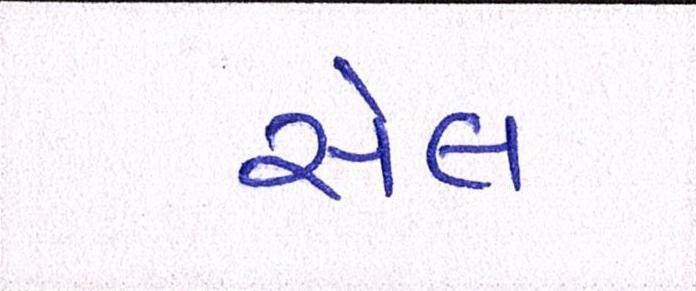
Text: સેલ